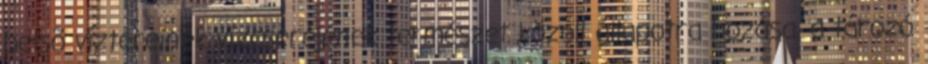
belsõ víztereinek vízcseréjének természet közeli állapotra hozása, a tározó